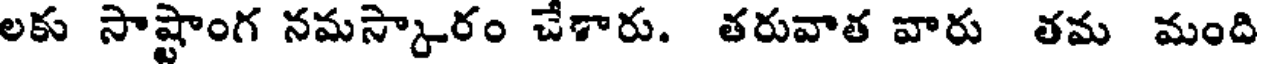
లకు సాష్టాంగ నమస్కారం చేశారు. తరువాత వారు తమ మంది